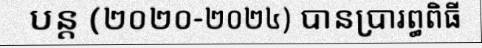
បន្ត (២០២០-២០២៤) បានប្រារព្ធពិធី